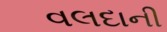
વલદાની